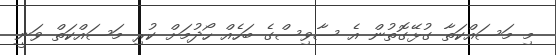
މި މަސައްކަތާ ގުޅޭގޮތުން އެ ސާވިސްގެ ބަހެއް ހޯދުމަށް ކުރި މަސައްކަތް ވަނީ